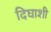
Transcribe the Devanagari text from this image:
दिघाशी